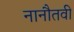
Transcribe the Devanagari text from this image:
नानौतवी